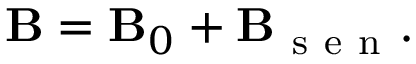
\mathbf { B } = \mathbf { B } _ { 0 } + \mathbf { B } _ { \mathrm { ~ s ~ e ~ n ~ } } .